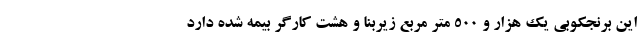
این برنجکوبی یک هزار و ۵۰۰ متر مربع زیربنا و هشت کارگر بیمه شده دارد